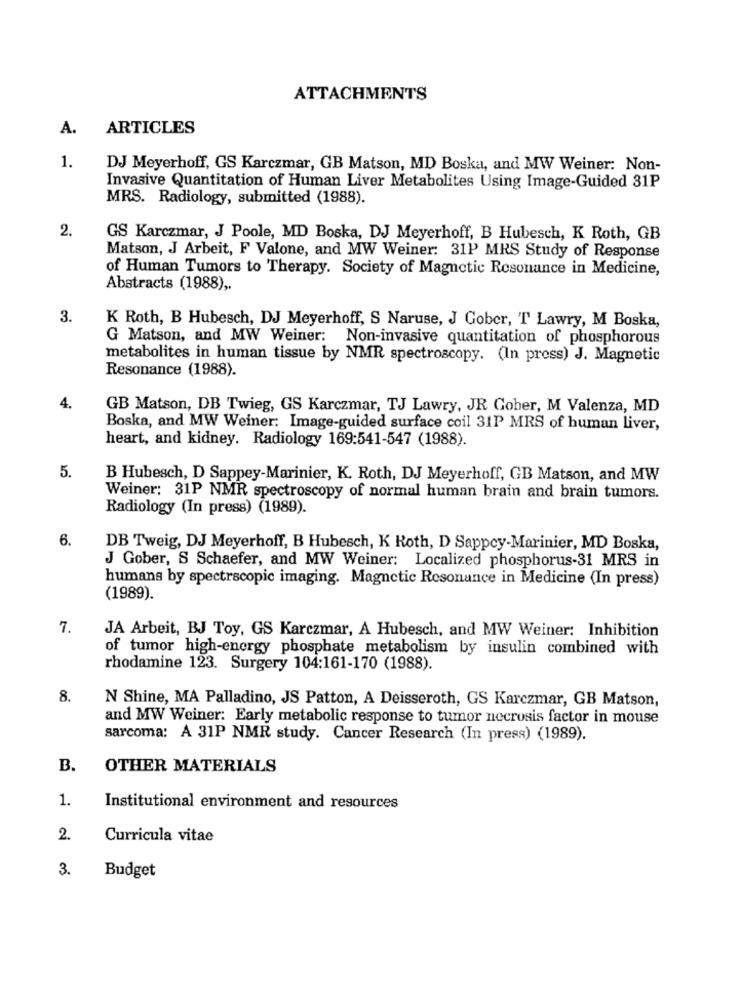
ATTACHMENTS
A.
ARTICLES
1.
DJ Meyerhoff, GS Karczmar, GB Matson, MD Boska, and MW Weiner: Non-
Invasive Quantitation of Human Liver Metabolites Using Image-Guided 31P
MRS. Radiology, submitted (1988).
2.
GS Karczmar, J Poole, MD Boska, DJ Meyerhoff, B Hubesch, K Roth, GB
Matson, J Arbeit, F Valone, and MW Weiner: 31P MRS Study of Response
of Human Tumors to Therapy. Society of Magnetic Resonance in Medicine,
Abstracts (1988) ,.
3.
K Roth, B Hubesch, DJ Meyerhoff, S Naruse, J Gober, T Lawry, M Boska,
G Matson, and MW Weiner: Non-invasive quantitation of phosphorous
metabolites in human tissue by NMR spectroscopy. (In press) J. Magnetic
Resonance (1988).
4.
GB Matson, DB Twieg, GS Karczmar, TJ Lawry, JR Gober, M Valenza, MD
Boska, and MW Weiner: Image-guided surface coil 31P MRS of human liver,
heart, and kidney. Radiology 169:541-547 (1988).
5.
B Hubesch, D Sappey-Marinier, K. Roth, DJ Meyerhoff, GB Matson, and MW
Weiner: 31P NMR spectroscopy of normal human brain and brain tumors.
Radiology (In press) (1989).
6.
DB Tweig, DJ Meyerhoff, B Hubesch, K Roth, D Sappcy-Marinier, MD Boska,
J Gober, S Schaefer, and MW Weiner: Localized phosphorus-31 MRS in
humans by spectrscopic imaging. Magnetic Resonance in Medicine (In press)
(1989).
7.
JA Arbeit, BJ Toy, GS Karczmar, A Hubesch, and MW Weiner: Inhibition
of tumor high-energy phosphate metabolism by insulin combined with
rhodamine 123. Surgery 104:161-170 (1988).
8.
N Shine, MA Palladino, JS Patton, A Deisseroth, GS Karczmar, GB Matson,
and MW Weiner: Early metabolic response to tumor necrosis factor in mouse
sarcoma: A 31P NMR study. Cancer Research (In press) (1989).
B.
OTHER MATERIALS
1.
Institutional environment and resources
2.
Curricula vitae
3.
Budget